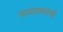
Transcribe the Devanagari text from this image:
नायालयाची